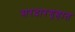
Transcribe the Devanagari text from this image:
सरदारगृहात